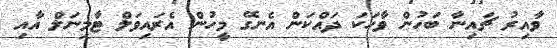
ވާއިރު ޗައިނާ ބަހުން ވާހަކަ ދައްކަން އެނގޭ މީހުން އެރައިވަލް ޓާމިނަލް އާއި